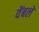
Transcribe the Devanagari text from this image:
वेंबले